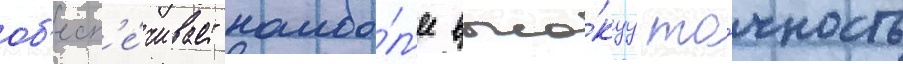
об'есп'е́чивает наибо́л'ее высо́куу то́чность